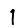
Digit: 1